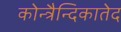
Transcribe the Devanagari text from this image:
कोन्त्रैन्दिकातेद